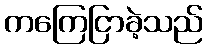
ကကြေငြာခဲ့သည်